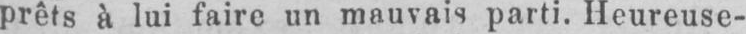
prêts à lui faire un mauvais parti. Heureuse-